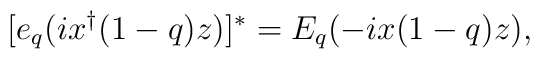
[e_q(ix^\dagger(1-q)z)]^*=E_q(-ix(1-q)z),